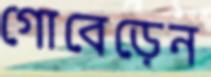
গোবেড়েন